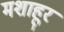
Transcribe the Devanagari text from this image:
मशाहूर